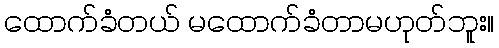
ထောက်ခံတယ် မထောက်ခံတာမဟုတ်ဘူး။